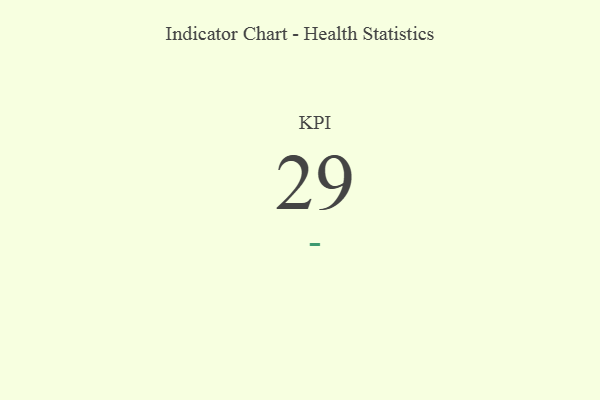
{"axis": {"x": "KPI", "y": "Value"}, "legend": [""], "data": [{"x": "KPI", "y": 29, "type": ""}]}